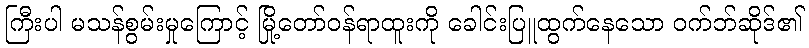
ကြီးပါ မသန်စွမ်းမှုကြောင့် မြို့တော်ဝန်ရာထူးကို ခေါင်းပြူထွက်နေသော ဝက်ဘ်ဆိုဒ်၏